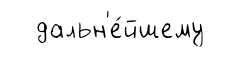
дальн'е́йшему